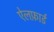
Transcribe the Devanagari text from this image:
ऐलफ़ार्ड